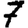
Digit: 7